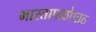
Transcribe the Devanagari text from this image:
भारतापाठोपाठ